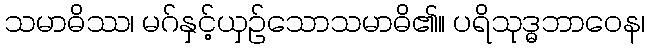
သမာဓိဿ၊ မဂ်နှင့်ယှဉ်သောသမာဓိ၏။ ပရိသုဒ္ဓဘာဝေန၊